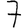
Digit: 7